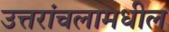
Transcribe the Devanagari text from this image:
उत्तरांचलामधील